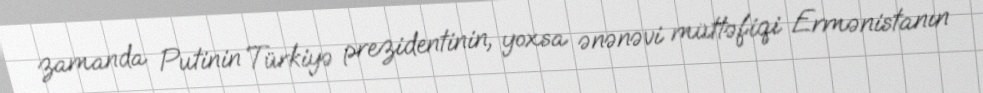
zamanda Putinin Türkiyə prezidentinin, yoxsa ənənəvi müttəfiqi Ermənistanın